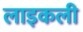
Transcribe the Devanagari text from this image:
लाइकली